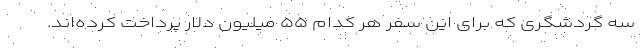
سه گردشگری که برای این سفر هر کدام ۵۵ میلیون دلار پرداخت کرده‌اند.